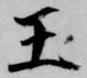
王